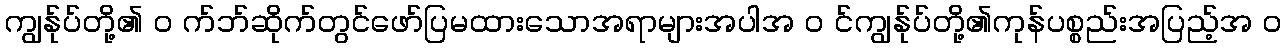
ကျွန်ုပ်တို့၏ ၀ က်ဘ်ဆိုက်တွင်ဖော်ပြမထားသောအရာများအပါအ ၀ င်ကျွန်ုပ်တို့၏ကုန်ပစ္စည်းအပြည့်အ ၀